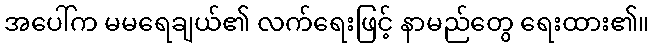
အပေါ်က မမရေချယ်၏ လက်ရေးဖြင့် နာမည်တွေ ရေးထား၏။